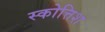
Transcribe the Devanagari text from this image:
स्कोत्तिश